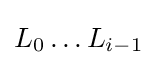
L_{0}\ldots L_{i-1}